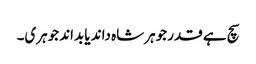
سچ ہے قدر جوہر شاہ داند یا بداند جوہری۔